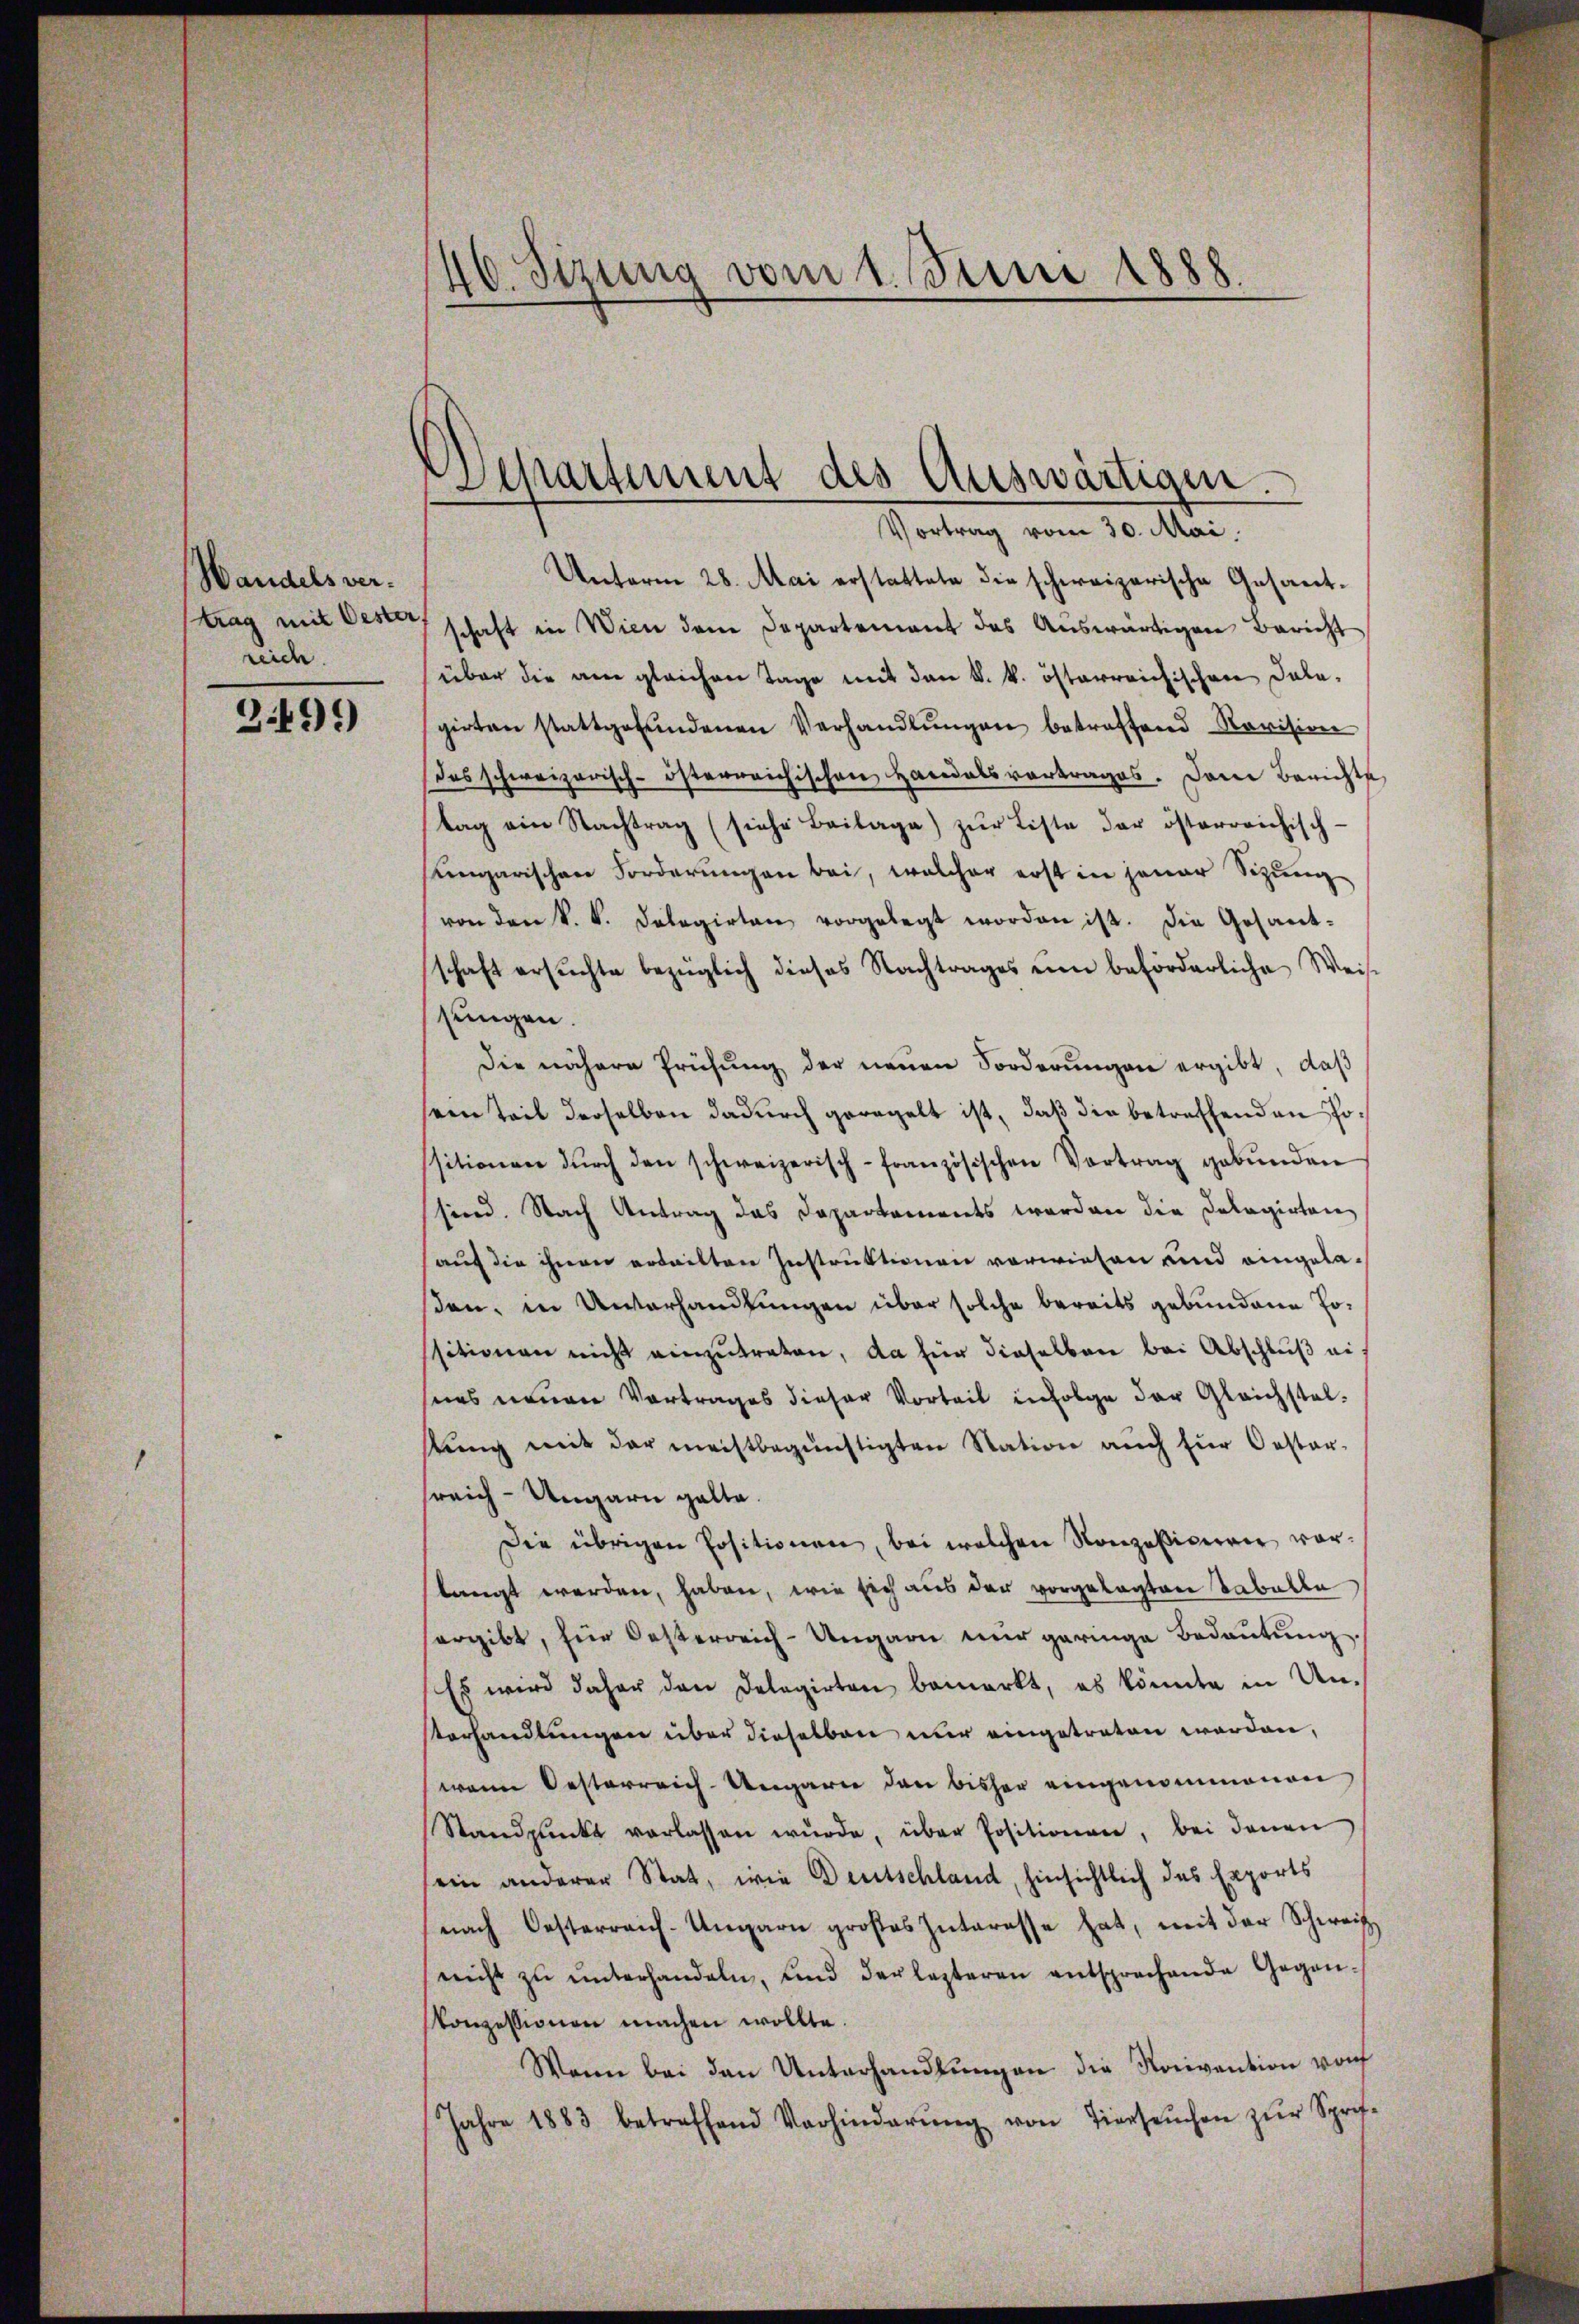
Wandels vertrag mit Oester
reich.
3.499

40. Sizung vom 1. Juni 1888.

Separtement des Auswärtigen.
Vortrag vom 30. Mai.

Unterm 28. Mai erstattete die schweizerische Gesamt-
schaft in Wien dem Departement das Auswärtigen Bericht
über die am gleichen Tage mit den k. k. österreichischen Dalegirten stattgefŭndenen Verhandlŭngen betreffend Revision
Dos schweizerisch-österreichischen Handelsvortrages. Dann Berichts
tag ein Nachtrag (siehe Beilage) zŭr Liste der österreichisch-
ungarischen Forderungen bei, welcher erst in jener Sizung
von den k. k. Delegirten vorgelegt worden ist. Die Gesant-
schaft ersŭchte bezüglich dieses Nachtrages um beförderliche Weise
sungen.
Die nähere Prüfung der neuen Forderungen ergibt, daß
sein teil derselben dadurch geregelt ist, daß die betreffenden Positionen dŭrch den schweizerisch-französischen Vortrag gebŭnden
sind. Nach Antrag das Departements worden die Dolagirten
auf die ihnen erteilten Instruktionen vorwiesen und eingelasen, in Unvorhandlungen über solche bereits gebundene Tositionen nicht einzutreten, da für dieselben bei Abschluß ei
nas neuen Vortrages dieser Vorteil infolge der Gleichstelstŭng mit der meistbegünstigten Station auch für Oester-
sreich-Ungarn galte.
Die übrigen Positionen, bei welchen Konzessionen vor-
langt werden, haben, wie sich aus der vorgelegten Tabelle
hergibt, für Oesterreich-Ungarn nur geringe Bedeutung.
Es wird daher den Delegirten bemerkt, es könnte in Un-
terhandlungen über dieselben nur eingetreten worden,
(wenn Oesterreich-Ungarn den bisher eingenommenen
Standpŭnkt verlassen wŭrde, über Positionen, bei denen
ein anderen Stat, wie Deutschland, hinsichtlich das Exports
nach Oesterreich-Ungarn großes Interesse hat, mit der Schweiz
nicht zŭ ŭnterhandeln, und der lezteren entsprechende Gegen-
skonzessionen machen wollte.
Wann bei den Unterhandlungen die Naivention von
Jahre 1883 betreffend Vorhinderŭng von Tiersŭchen zŭr Spref-